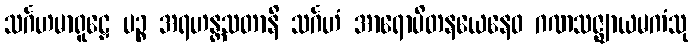
သင်္ဂဟမာရူဠှေ ပဉ္စ အရဟန္တသတာနိ သင်္ဂဟံ အာရောပိတနယေနေဝ ဂဏသဇ္ဈာယမကံသု